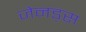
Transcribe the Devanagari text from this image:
जेनड्स